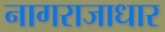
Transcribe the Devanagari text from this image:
नागराजाधार